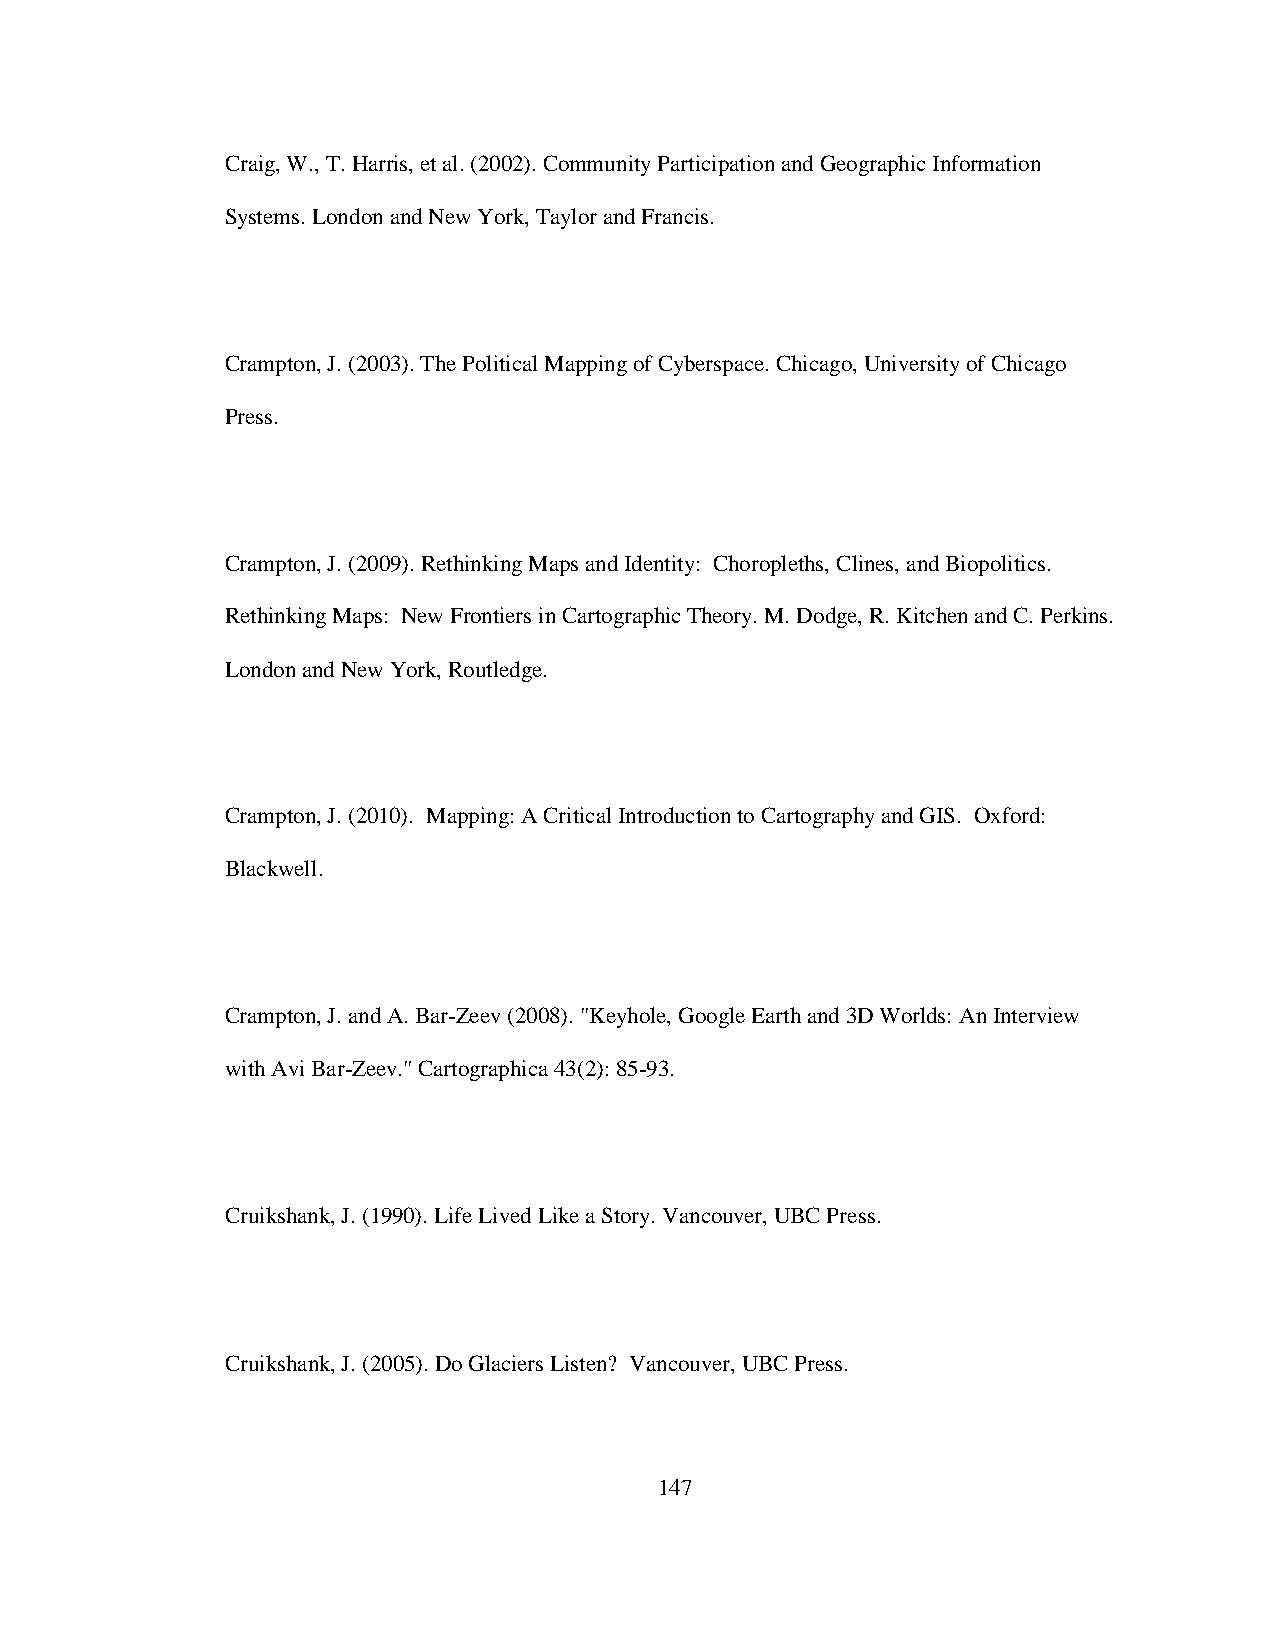
Craig, W., T. Harris, et al. (2002). Community Participation and Geographic Information
 Systems. London and New York, Taylor and Francis.
 Crampton, J. (2003). The Political Mapping of Cyberspace. Chicago, University of Chicago
 Press.
 Crampton, J. (2009). Rethinking Maps and Identity: Choropleths, Clines, and Biopolitics.
 Rethinking Maps: New Frontiers in Cartographic Theory. M. Dodge, R. Kitchen and C. Perkins.
 London and New York, Routledge.
 Crampton, J. (2010). Mapping: A Critical Introduction to Cartography and GIS. Oxford:
 Blackwell.
 Crampton, J. and A. Bar-Zeev (2008). "Keyhole, Google Earth and 3D Worlds: An Interview
 with Avi Bar-Zeev." Cartographica 43(2): 85-93.
 Cruikshank, J. (1990). Life Lived Like a Story. Vancouver, UBC Press.
 Cruikshank, J. (2005). Do Glaciers Listen? Vancouver, UBC Press.
 147